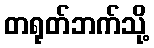
တရုတ်ဘက်သို့